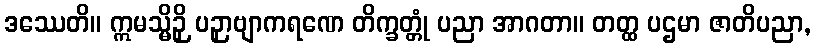
ဒဿေတိ။ ဣမသ္မိဉှိ ပဉှာဗျာကရဏေ တိက္ခတ္တုံ ပညာ အာဂတာ။ တတ္ထ ပဌမာ ဇာတိပညာ,